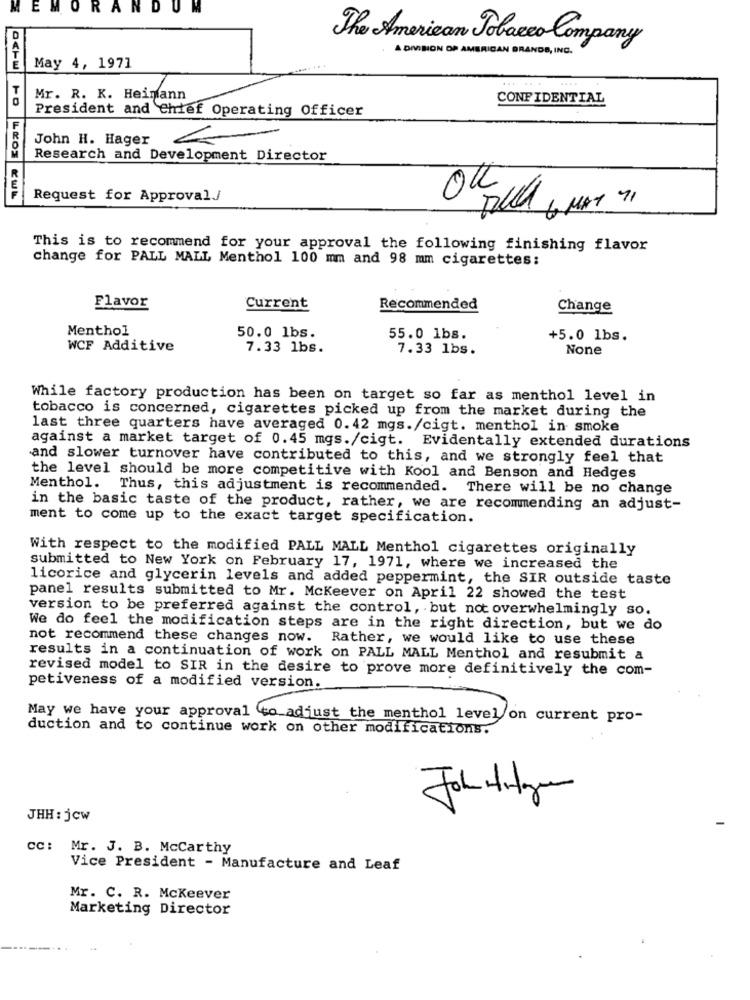
E
RA
M
The American Tobacco Company
A DIONON OF AMERICAN GRANDE, ING.
May 4, 1971
....
Mr. R. K. Heimann
CONFIDENTIAL
President and Chief Operating Officer
John H. Hager
Research and Development Director
OK
Request for Approval
Talla 6 MAY 71
This is to recommend for your approval the following finishing flavor
change for PALL MALL Menthol 100 mm and 98 mm cigarettes:
Flavor
Current
Recommended
Change
Menthol
50.0 lbs.
55.0 1bs.
+5.0 lbs.
WCF Additive
7.33 1bs.
7.33 1bs.
While factory production has been on target so far as menthol level in
tobacco is concerned, cigarettes picked up from the market during the
last three quarters have averaged 0.42 mgs./cigt. menthol in smoke
against a market target of 0.45 mgs./cigt. Evidentally extended durations
and slower turnover have contributed to this, and we strongly feel that
the level should be more competitive with Kool and Benson and Hedges
Menthol.
Thus, this adjustment is recommended. There will be no change
in the basic taste of the product, rather, we are recommending an adjust-
ment to come up to the exact target specification.
With respect to the modified PALL MALL Menthol cigarettes originally
submitted to New York on February 17, 1971, where we increased the
licorice and glycerin levels and added peppermint, the SIR outside taste
panel results submitted to Mr. Mckeever on April 22 showed the test
version to be preferred against the control, but not overwhelmingly so.
We do feel the modification steps are in the right direction, but we do
not recommend these changes now. Rather, we would like to use these
results in a continuation of work on PALL MALL Menthol and resubmit a
revised model to SIR in the desire to prove more definitively the com-
petiveness of a modified version.
May we have your approval to adjust the menthol level on current pro-
duction and to continue work on other modifications.
Johnigen
JHH: jew
CC: Mr. J. B. Mccarthy
Vice President - Manufacture and Leaf
Mr. C. R. Mckeever
Marketing Director